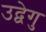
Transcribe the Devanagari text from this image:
उद्वेगु